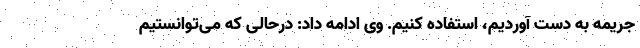
جریمه به دست آوردیم، استفاده کنیم. وی ادامه داد: درحالی که می‌توانستیم